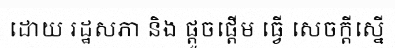
ដោយ រដ្ឋសភា និង ផ្តួចផ្តើម ធ្វើ សេចក្តីស្នើ